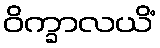
ဝိက္ခာလယိံ